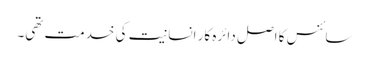
سائنس کا اصل دائرہ کار انسانیت کی خدمت تھی۔